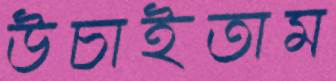
উচাইতাম